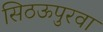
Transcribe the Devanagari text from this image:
सिठऊपुरवा